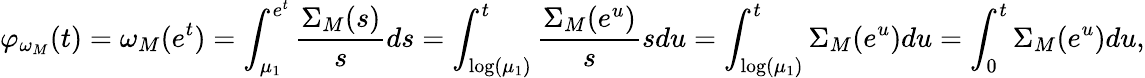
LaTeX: \varphi_{\omega_{M}}(t)=\omega_{M}(e^{t})=\int_{\mu_{1}}^{e^{t}}\frac{\Sigma_{M}(s)}{s}ds=\int_{\log(\mu_{1})}^{t}\frac{\Sigma_{M}(e^{u})}{s}sdu=\int_{\log(\mu_{1})}^{t}\Sigma_{M}(e^{u})du=\int_{0}^{t}\Sigma_{M}(e^{u})du,